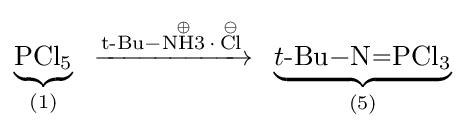
\underbrace {\ce {PCl5}} _{(1)}\ {\ce {->[t{\text{-}}{\ce {Bu-{\overset {\oplus }{NH3}}.{\overset {\ominus }{Cl}}}}]}}\ \underbrace {t{\text{-}}{\ce {Bu-N=PCl3}}} _{(5)}